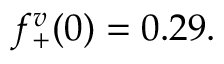
f _ { + } ^ { v } ( 0 ) = 0 . 2 9 .